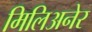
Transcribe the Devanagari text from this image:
मिलिअनेर